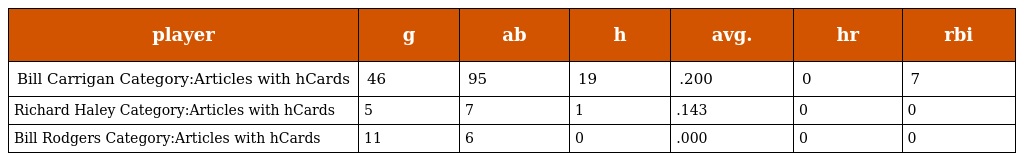
| player | g | ab | h | avg. | hr | rbi |
 | --- | --- | --- | --- | --- | --- | --- |
 | Bill Carrigan Category:Articles with hCards | 46 | 95 | 19 | .200 | 0 | 7 |
 | Richard Haley Category:Articles with hCards | 5 | 7 | 1 | .143 | 0 | 0 |
 | Bill Rodgers Category:Articles with hCards | 11 | 6 | 0 | .000 | 0 | 0 |